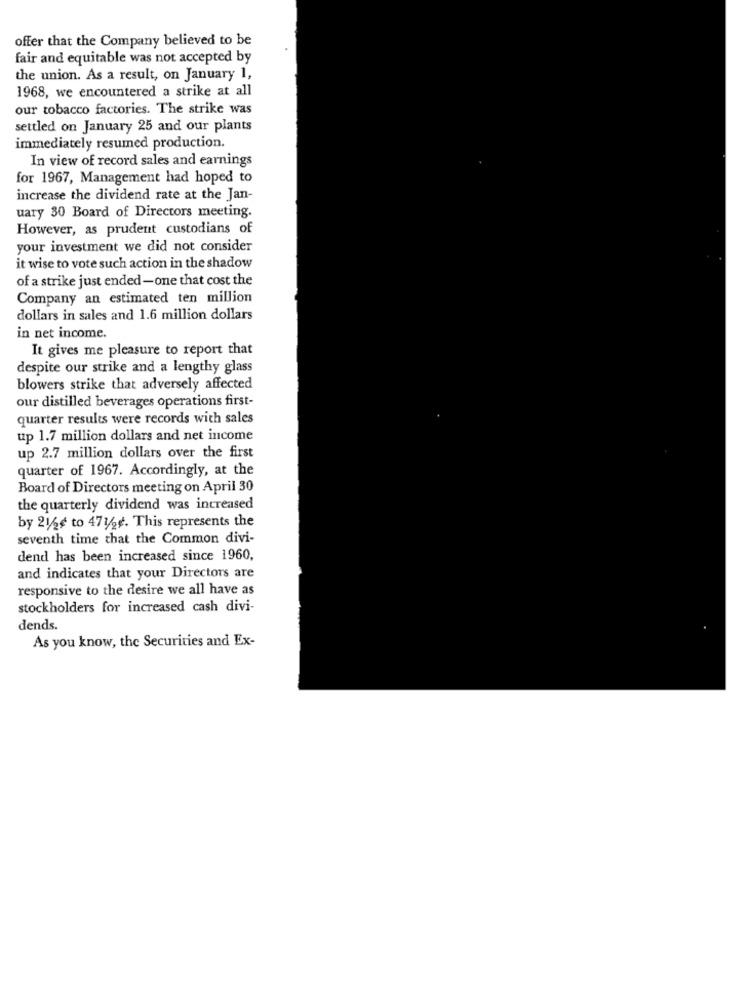
offer that the Company believed to be
fair and equitable was not accepted by
the union. As a result, on January 1,
1968, we encountered a strike at all
our tobacco factories. The strike was
settled on January 25 and our plants
immediately resumed production.
In view of record sales and earnings
for 1967, Management had hoped to
increase the dividend rate at the Jan-
uary 30 Board of Directors meeting.
However, as prudent custodians of
your investment we did not consider
it wise to vote such action in the shadow
of a strike just ended-one that cost the
Company an estimated ten million
dollars in sales and 1.6 million dollars
in net income.
It gives me pleasure to report that
despite our strike and a lengthy glass
blowers strike that adversely affected
our distilled beverages operations first-
quarter results were records with sales
up 1.7 million dollars and net income
up 2.7 million dollars over the first
quarter of 1967. Accordingly, at the
Board of Directors meeting on April 30
the quarterly dividend was increased
by 21/2¢ to 471/2e. This represents the
seventh time that the Common divi-
dend has been increased since 1960,
and indicates that your Directors are
responsive to the desire we all have as
stockholders for increased cash divi-
dends.
As you know, the Securities and Ex-